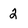
Character: 2